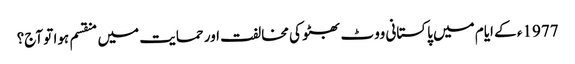
1977ء کے ایام میں پاکستانی ووٹ بھٹو کی مخالفت اور حمایت میں منقسم ہوا تو آج؟